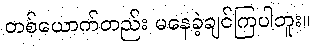
တစ်ယောက်တည်း မနေခဲ့ချင်ကြပါဘူး။